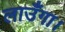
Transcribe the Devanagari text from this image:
लाउँगा।